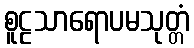
စူဠသာရောပမသုတ္တံ